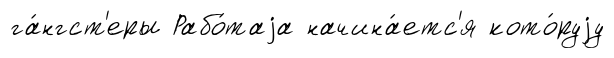
га́нгст'еры Рабо́таjа начина́етс'я кото́руjу